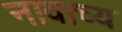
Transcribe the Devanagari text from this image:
नावाच्य